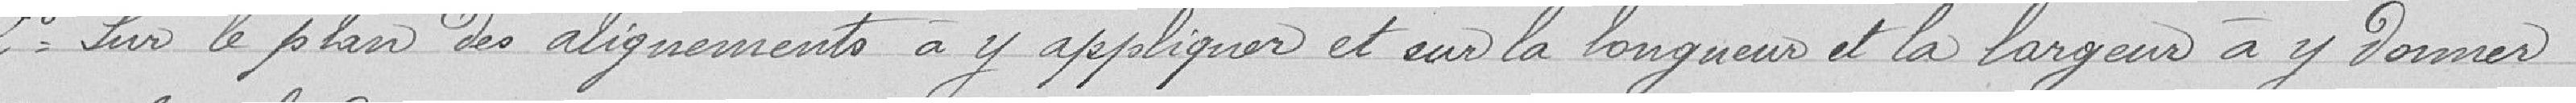
2° Sur le plan des alignements à y appliquer et sur la longueur et la largeur à y donner